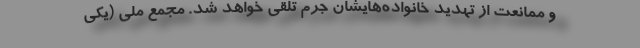
و ممانعت از تهدید خانواده‌هایشان جرم تلقی خواهد شد. مجمع ملی (یکی